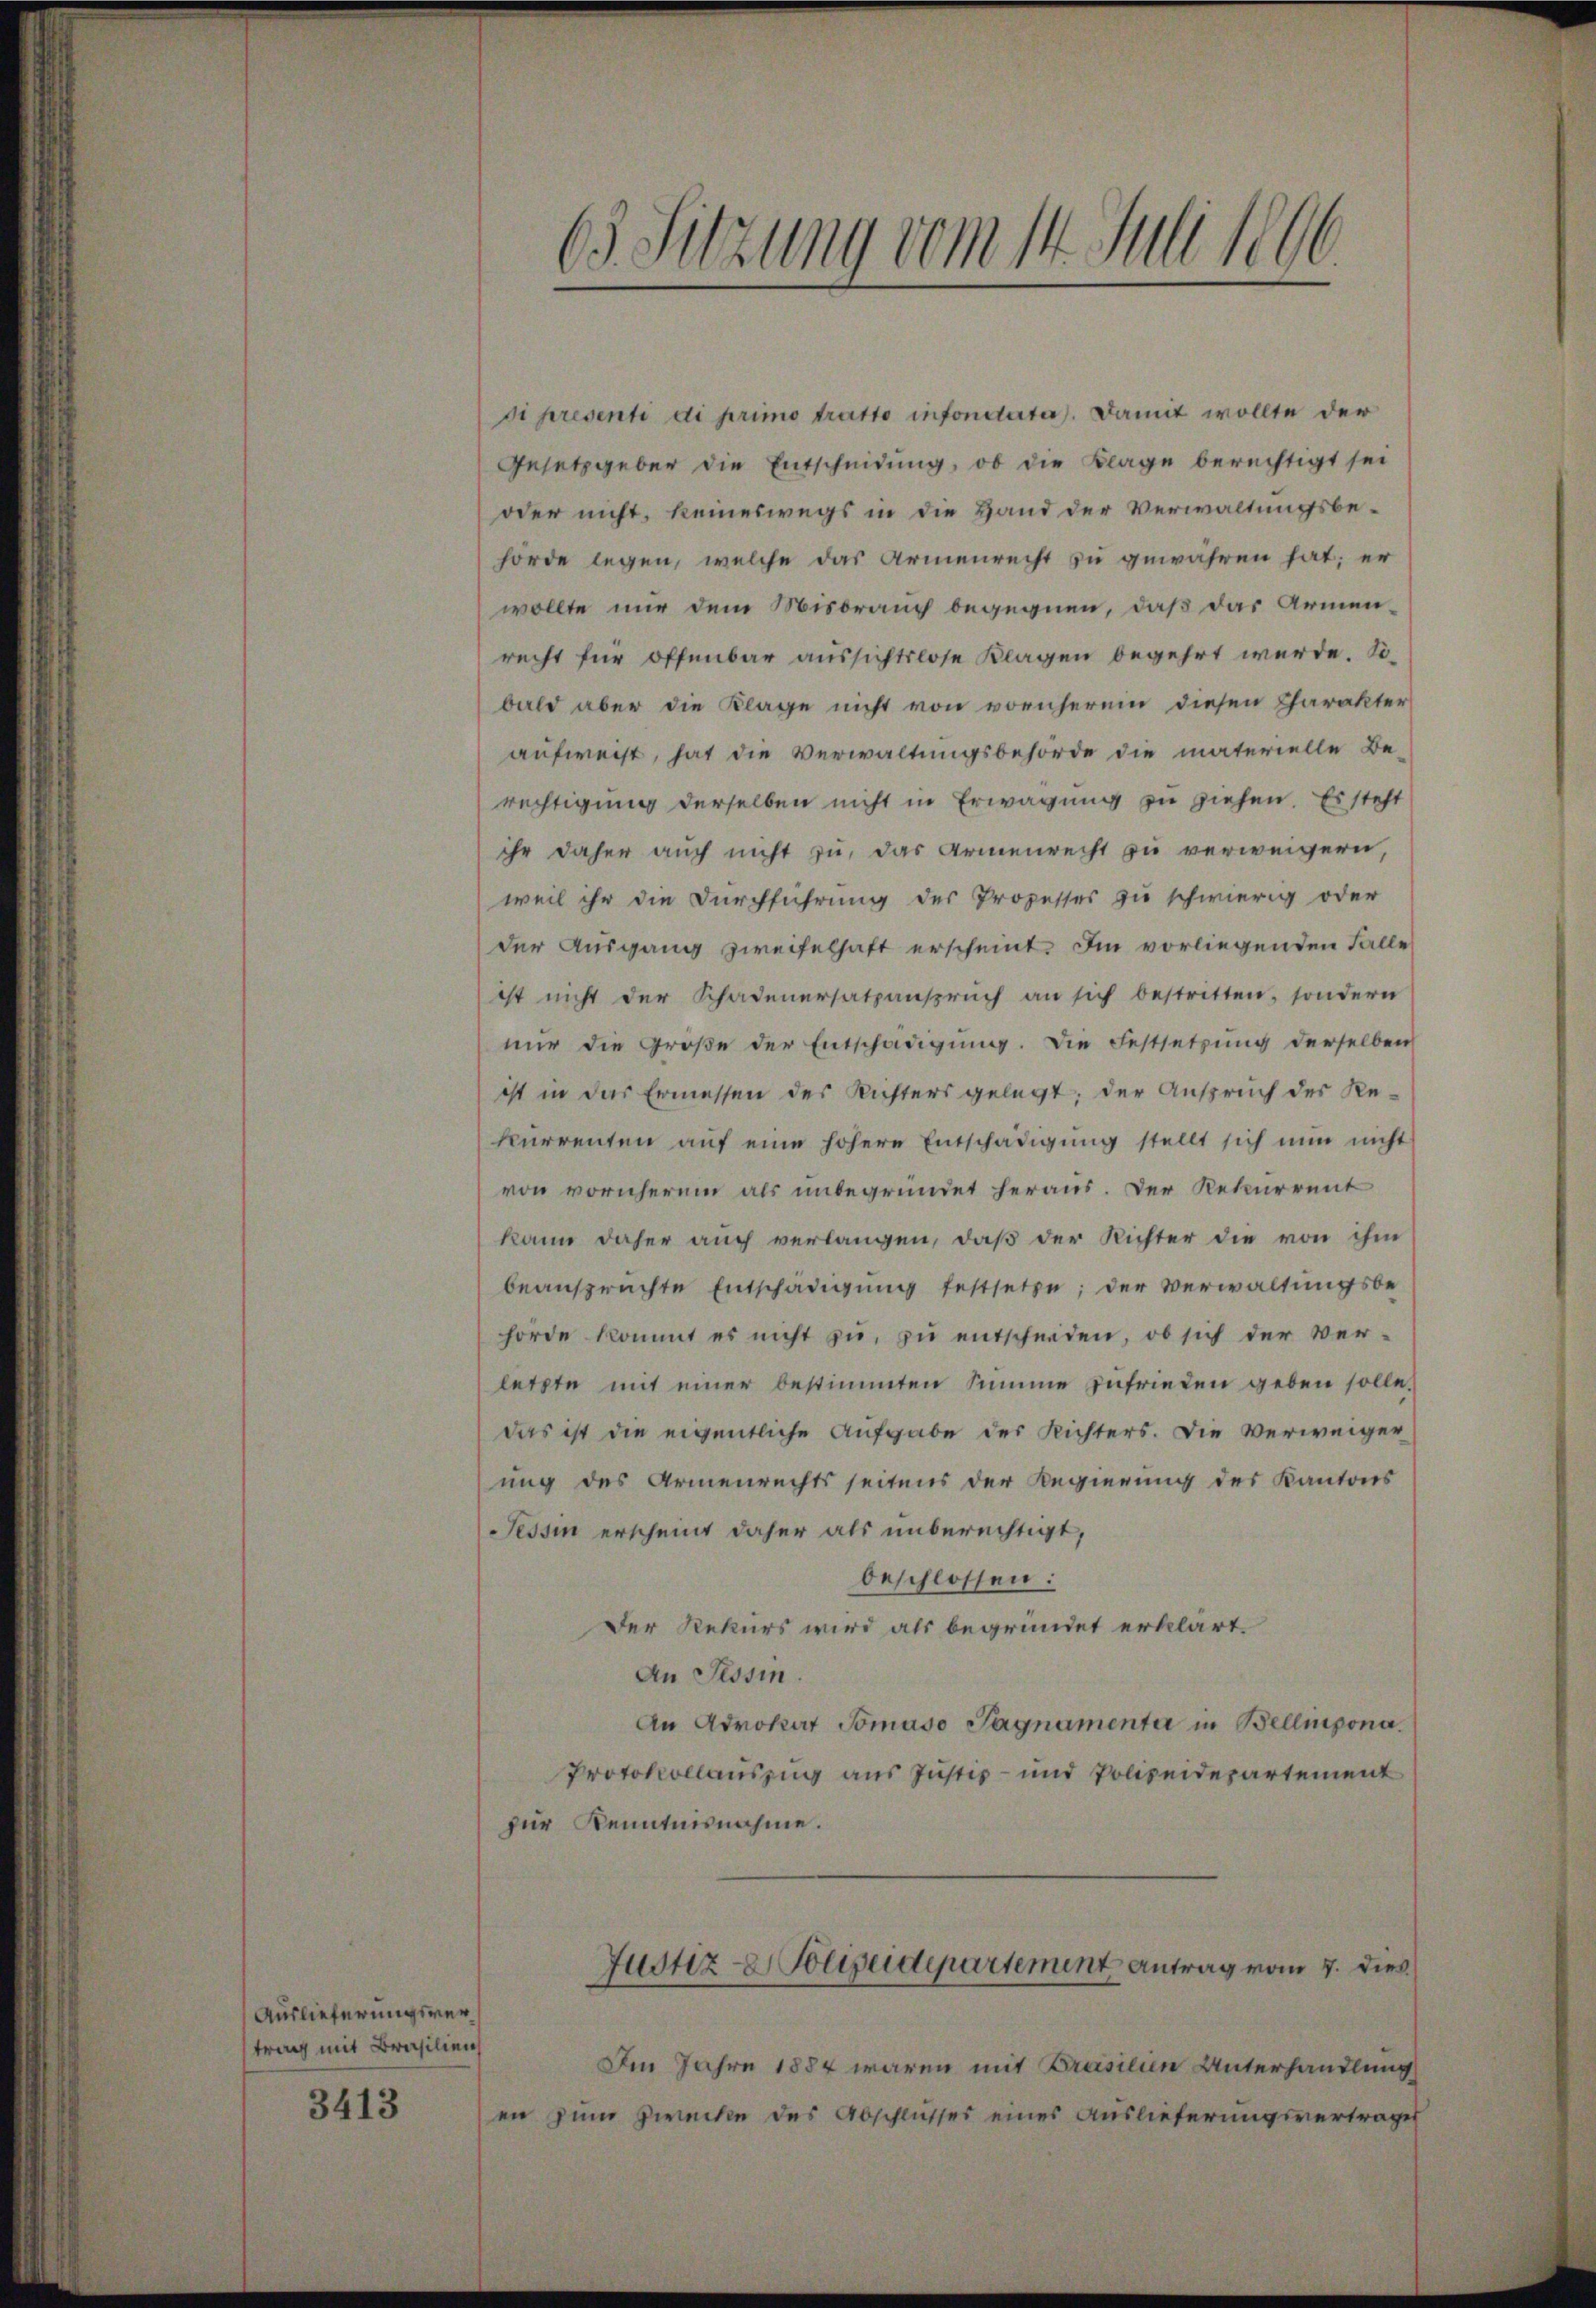
Auslieferungsvertrag mit Brasilien

3413

63. Sitzung vom 14. Juli 1866.

pi presenti di primo tratto infondata). Damit wollte der
Gesetzgeber die Entscheidung, ob die Klage berechtigt sei
oder nicht, keineswegs in die Hand der Verwaltungsbehörde legen, welche das Armenrecht zu gewähren hat; er
wollte mir dem Misdrang begegnen, daß das Armen-
recht für offenbar aussichtslose Klagen begehrt werde. Sobald aber die Klage nicht von vornherein diesen Charakter
aufweist, hat die Verwaltungsbehörde die materielle Be-
rechtigung derselben nicht in Erwägung zu ziehen. Es steht
ihr daher auch nicht zu, das Armenrecht zu verweigern,
weil ihr die Durchführung des Prozesses zu schwierig oder
der Ausgang zweifelhaft erscheint. Im vorliegenden Falle
ist nicht der Schadenersatzanspruch an sich bestritten, sondern
nŭr die Große der Entschädigŭng. Die Festsetzŭng derselben
ist in das Ermessen des Richters gelegt; der Anspruch des Re-
kurrenten aŭf eine höhere Entschädigŭng stellt sich nun nicht
von vornherum als unbegründet heraus. Der Rekurrent
kann daher auch verlangen, daß der Richter die von ihm
beansprachte Entschädigung festsetze; der Verwaltungsbe-
hörde kommt es nicht zŭ zŭ entscheiden, ob sich der Ver-
letzte mit einer bestimmten Summe zufrieden geben solle.
das ist die eigentliche Aufgabe der Richters. Die Verweiger
ung des Armenrechtsseitens der Regierung des Kantons
Tessin erscheint daher als unberechtigt,
beschlossen:
Der Rekurs wird als begründet erklärt.
An Tessin.
An Advokat Tomaso Tagnamenta in Bellinzona.
Protokollauszug aus Justiz- und Polizeidepartement
für Kenntnisnahme.
Justiz- & Polizeidepartement Antrag vom 7. dies
Im Jahre 1884 waren mit Prasilien Unterhandlung
en zum Zwecke des Abschlusses eines Auslieferungsvertrages